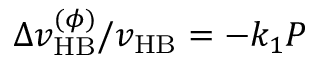
\Delta v _ { \mathrm { H B } } ^ { ( \phi ) } / v _ { \mathrm { H B } } = - k _ { 1 } P